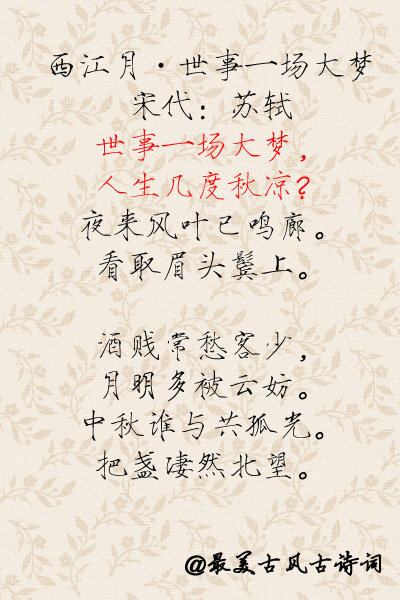
时光只解催人老，不信多情，长恨离亭，泪滴春衫酒易醒。